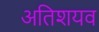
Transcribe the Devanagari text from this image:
अतिशयव